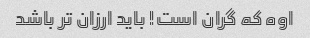
اوه که گران است! باید ارزان تر باشد